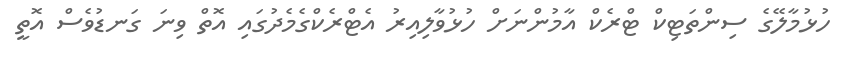
ހުޅުމާލޭގެ ސިންތަޓިކް ޓްރެކް އާމުންނަށް ހުޅުވާލިއިރު އެޓްރެކްގެމެދުގައި އޮތް ވިނަ ގަނޑުވެސް އޮތީ